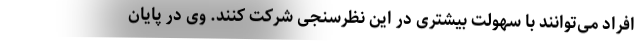
افراد می‌توانند با سهولت بیشتری در این نظرسنجی شرکت کنند. وی در پایان